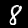
Label: 8